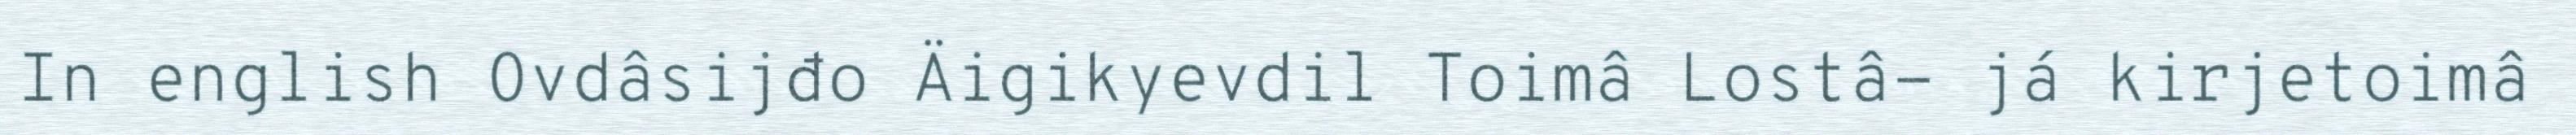
In english Ovdâsijđo Äigikyevdil Toimâ Lostâ- já kirjetoimâ